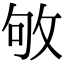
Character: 敂